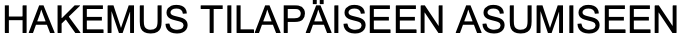
HAKEMUS TILAPÄISEEN ASUMISEEN